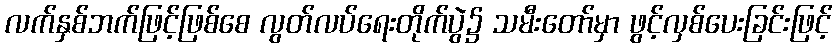
လက်နှစ်ဘက်ဖြင့်ဖြစ်စေ လွတ်လပ်ရေးတိုက်ပွဲ၌ သမီးတော်မှာ ဖွင့်လှစ်ပေးခြင်းဖြင့်